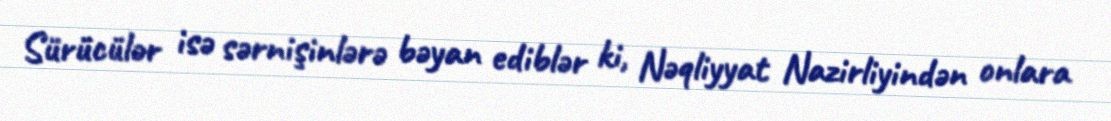
Sürücülər isə sərnişinlərə bəyan ediblər ki, Nəqliyyat Nazirliyindən onlara